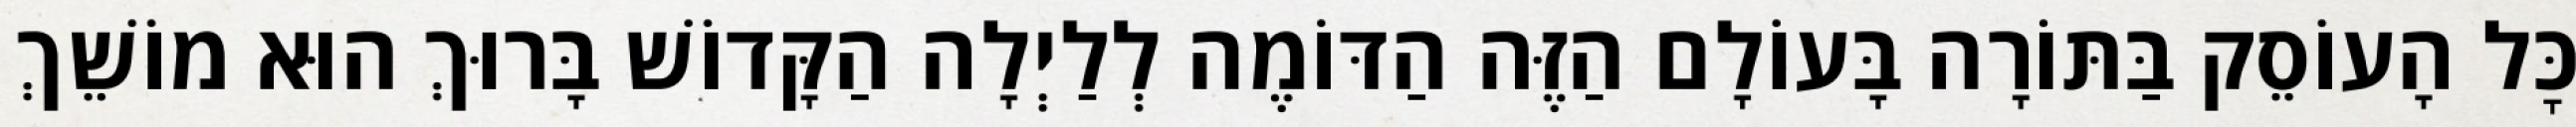
כׇּל הָעוֹסֵק בַּתּוֹרָה בָּעוֹלָם הַזֶּה הַדּוֹמֶה לְלַיְלָה הַקָּדוֹשׁ בָּרוּךְ הוּא מוֹשֵׁךְ